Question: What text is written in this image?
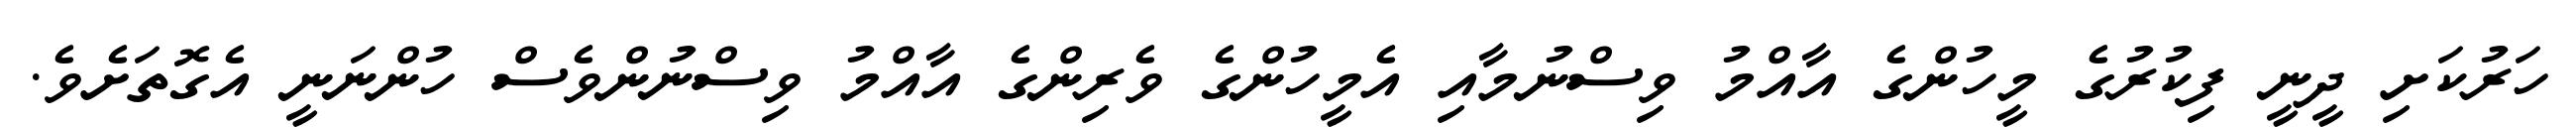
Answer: ހަރުކަށި ދީނީ ފިކުރުގެ މީހުންގެ އާއްމު ވިސްނުމާއި އެމީހުންގެ ވެރިންގެ އާއްމު ވިސްނުންވެސް ހުންނަނީ އެގޮތަށެވެ.